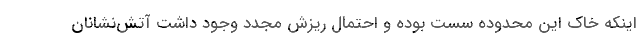
اینکه خاک این محدوده سست بوده و احتمال ریزش مجدد وجود داشت آتش‌نشانان